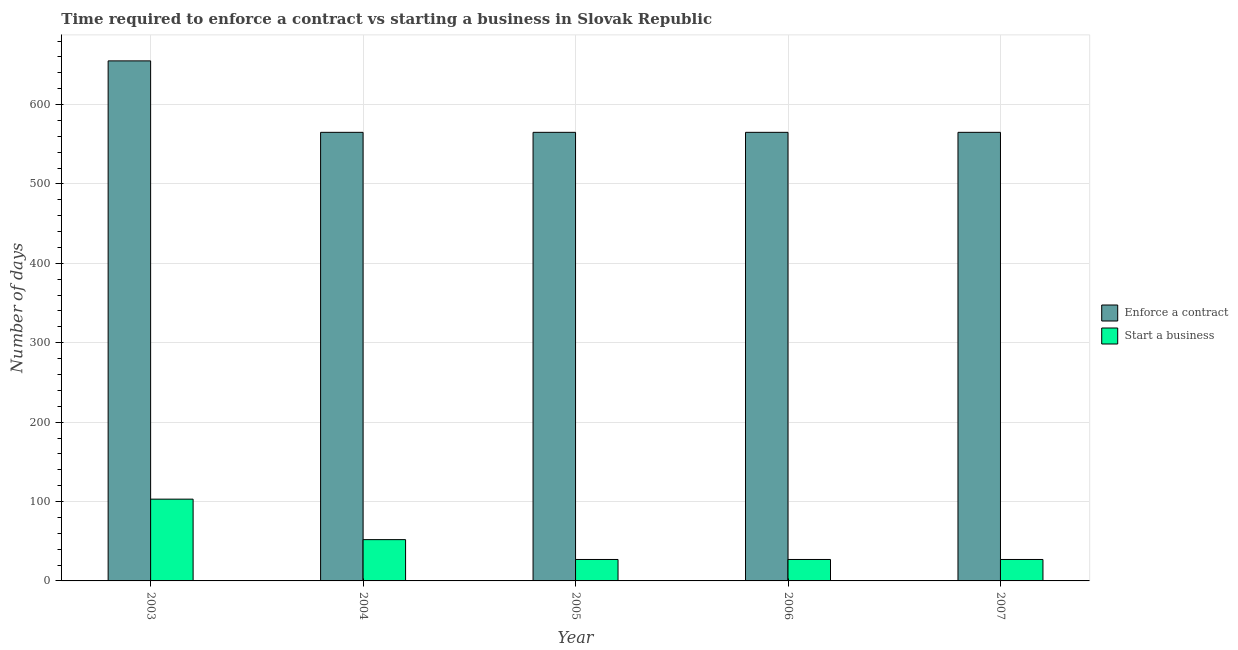
| Year | Enforce a contract | Start a business |
 | --- | --- | --- |
 | 2003 | 655 | 103 |
 | 2004 | 565 | 52 |
 | 2005 | 565 | 27 |
 | 2006 | 565 | 27 |
 | 2007 | 565 | 27 |